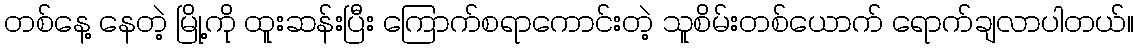
တစ်နေ့ နေတဲ့ မြို့ကို ထူးဆန်းပြီး ကြောက်စရာကောင်းတဲ့ သူစိမ်းတစ်ယောက် ရောက်ချလာပါတယ်။